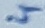
Text: 4